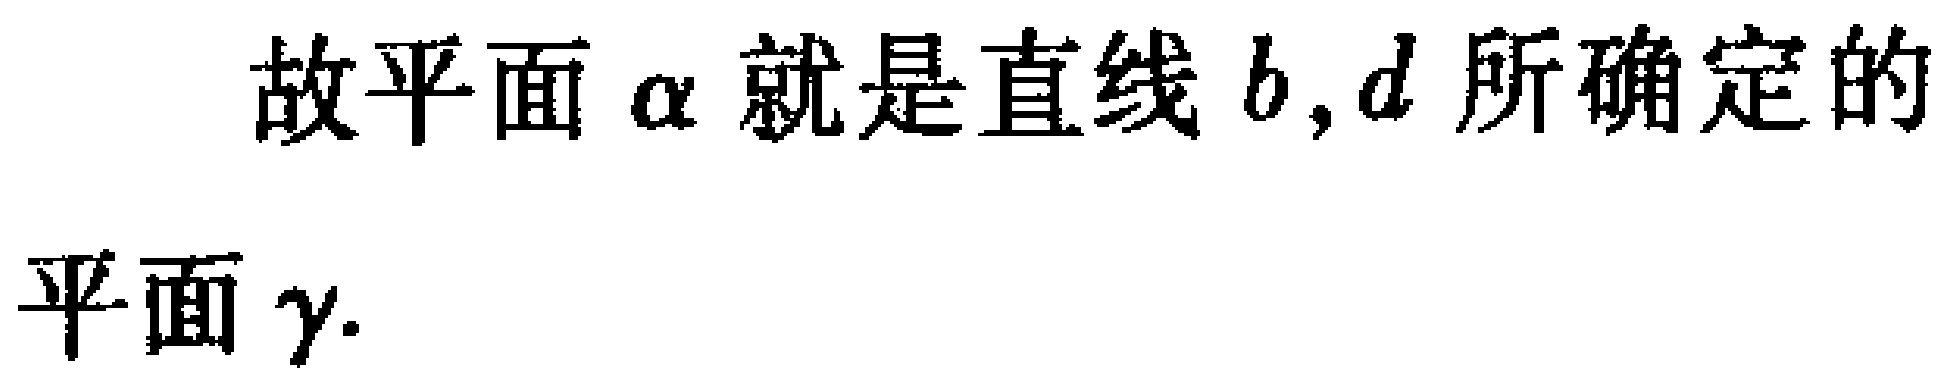
故平面$\alpha$就是直线$b,d$所确定的
平面$\gamma$.